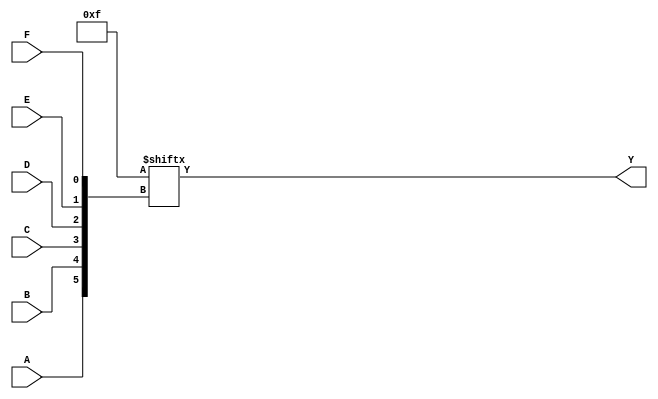
module kmap_6var (
    input wire A,    // Variable A
    input wire B,    // Variable B
    input wire C,    // Variable C
    input wire D,    // Variable D
    input wire E,    // Variable E
    input wire F,    // Variable F
    output wire Y    // Output Y (simplified Boolean function)
);

    // Declare a 64-bit ROM to represent the K-map
    reg [63:0] kmap;

    // Initialize the K-map with minterm values
    initial begin
        // Example K-map population (replace with actual minterm values)
        // Each bit corresponds to a minterm, where 1 indicates the minterm is included
        kmap = 64'b0000000000000000000000000000000000000000000000000000000000001111; // Example values
        // Populate the K-map with actual values based on the truth table
        // For example, if minterms 0, 1, 2, 3 are true:
        // kmap[0] = 1; kmap[1] = 1; kmap[2] = 1; kmap[3] = 1;
        // Continue for all 64 minterms...
    end

    // Calculate the index for the K-map based on the input variables
    wire [5:0] index;
    assign index = {A, B, C, D, E, F}; // Concatenate inputs to form a 6-bit index

    // Output the value from the K-map based on the index
    assign Y = kmap[index];

endmodule